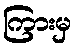
ကြားမှ